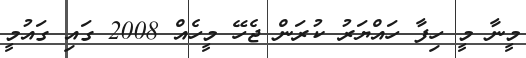
މީނާ މީ ހިފާ ހައްޔަރު ކުރަން ޖެހޭ މީހެއް 2008 ގައި ގައުމީ